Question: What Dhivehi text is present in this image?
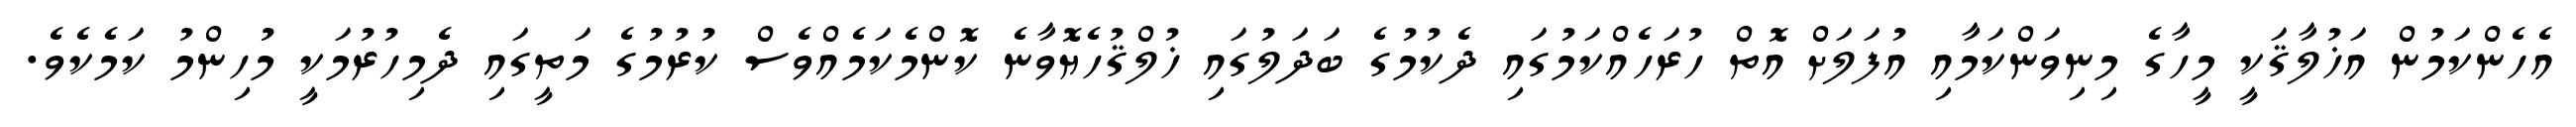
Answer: އެހެންކަމުން އަޚުލާޤަކީ މީހާގެ މިނިވަންކަމާއި އުފަލަށް އޮތް ހުރަހެއްކަމުގައި ދެކުމުގެ ބަދަލުގައި ޚުލްޤުހެޔޮވާނެ ކޮންމެކަމެއްވެސް ކުރުމުގެ މަތީގައި ދެމިހުރުމަކީ މުހިންމު ކަމެކެވެ.